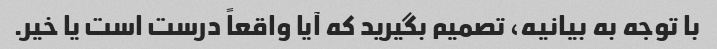
با توجه به بیانیه، تصمیم بگیرید که آیا واقعاً درست است یا خیر.